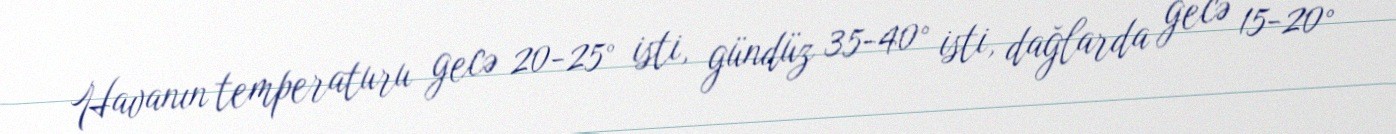
Havanın temperaturu gecə 20-25° isti, gündüz 35-40° isti, dağlarda gecə 15-20°